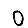
Digit: 0